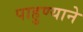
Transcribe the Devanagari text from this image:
पाहुण्याने